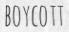
BOYCOTT